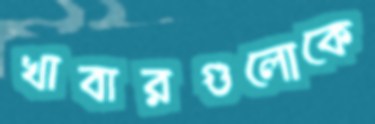
খাবারগুলোকে